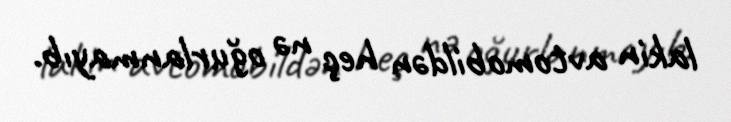
lakin avtomobildən heç nə oğurlanmayıb.